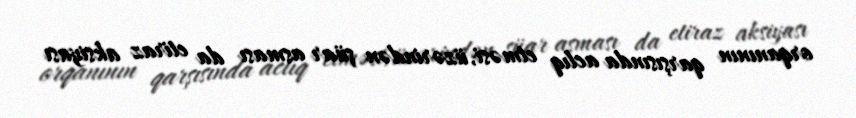
orqanının qarşısında aclıq etməsi, üzərindən şüar asması da etiraz aksiyası